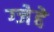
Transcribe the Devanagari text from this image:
ग्जेद्दे